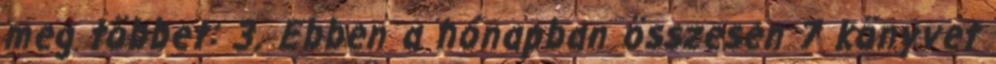
meg többet: 3. Ebben a hónapban összesen 7 könyvet